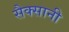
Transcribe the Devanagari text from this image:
सैक्सानी